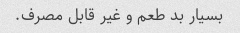
بسیار بد طعم و غیر قابل مصرف.